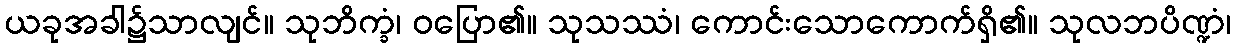
ယခုအခါ၌သာလျင်။ သုဘိက္ခံ၊ ဝပြော၏။ သုသဿံ၊ ကောင်းသောကောက်ရှိ၏။ သုလဘပိဏ္ဍံ၊